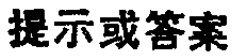
提示或答案